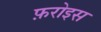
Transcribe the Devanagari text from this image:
फ़रोइस